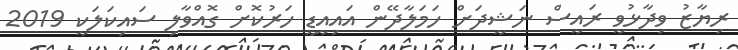
ރިޔާޒު ވިދާޅުވީ ރައީސް ނަޝީދަށް ހަމަލާދޭން އައިއީޑީ ހަރުކޮށް ގޮއްވާލި ސައިކަލަކީ 2019